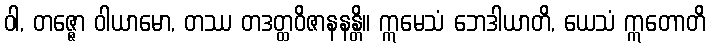
ဝါ, တဇ္ဇော ဝါယာမော, တဿ တဒတ္ထဝိဇာနနန္တိ။ ဣမေသံ ဘေဒါယာတိ, ယေသံ ဣတောတိ